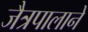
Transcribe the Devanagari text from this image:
जैत्रपालाने